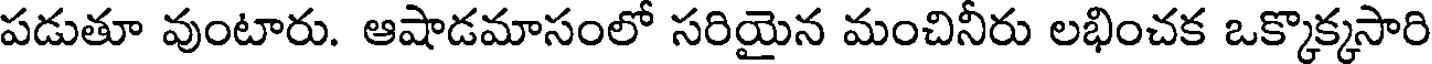
పడుతూ వుంటారు. ఆషాడమాసంలో సరియైన మంచినీరు లభించక ఒక్కొక్కసారి